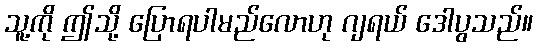
သူ့ကို ဤသို့ ပြောရပါမည်လောဟု ဂျရယ် ဒေါပွသည်။